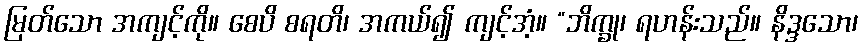
မြတ်သော အကျင့်ကို။ စေပိ စရတိ၊ အကယ်၍ ကျင့်အံ့။ “ဘိက္ခု၊ ရဟန်းသည်။ နိဒ္ဒသော၊